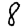
Digit: 8